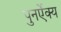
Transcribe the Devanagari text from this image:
पुनर्ऐक्य